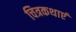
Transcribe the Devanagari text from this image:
चित्रकथाएं